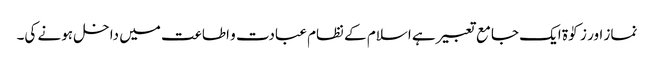
نماز اور زکوٰۃ ایک جامع تعبیر ہے اسلام کے نظام عبادت و اطاعت میں داخل ہونے کی۔